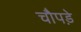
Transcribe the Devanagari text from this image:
चौपड़े